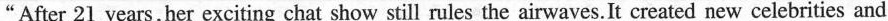
After 2l years,her exciting chat show still rules the airwaves.It created new celebrities and